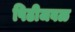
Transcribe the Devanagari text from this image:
पिढीजवळ